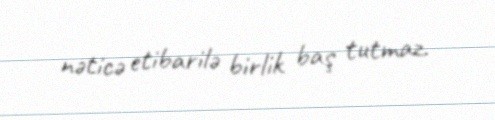
nəticə etibarilə birlik baş tutmaz.